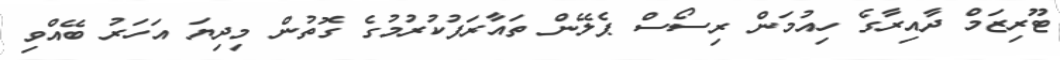
ޓޫރިޒަމް ދާއިރާގެ ހިއުމަން ރިސޯސް ޕެލޭން ތައާރަފުކުރުމުގެ ގޮތުން މިދިޔަ އަހަރު ބޭއްވި